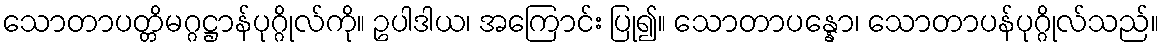
သောတာပတ္တိမဂ္ဂဋ္ဌာန်ပုဂ္ဂိုလ်ကို။ ဥပါဒါယ၊ အကြောင်း ပြု၍။ သောတာပန္နော၊ သောတာပန်ပုဂ္ဂိုလ်သည်။